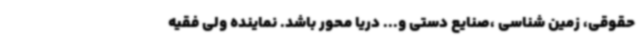
حقوقی، زمین شناسی ،صنایع دستی و... دریا محور باشد. نماینده ولی فقیه